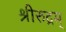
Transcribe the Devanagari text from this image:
श्रीरुद्रम्